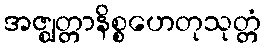
အဇ္ဈတ္တာနိစ္စဟေတုသုတ္တံ